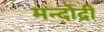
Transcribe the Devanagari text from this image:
मन्दोद्री